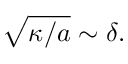
\sqrt { \kappa / a } \sim \delta .